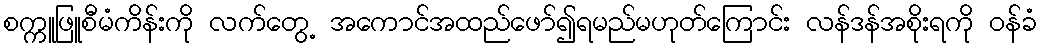
စက္ကူဖြူစီမံကိန်းကို လက်တွေ့ အကောင်အထည်ဖော်၍ရမည်မဟုတ်ကြောင်း လန်ဒန်အစိုးရကို ဝန်ခံ